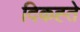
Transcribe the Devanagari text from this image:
दिकह्ते